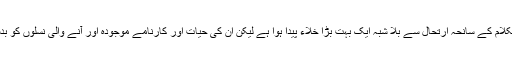
اسپیکر نے کہا کہ ڈاکٹر عبدالکلام کے سانحہ ارتحال سے بلا شبہ ایک بہت بڑا خلاء پیدا ہوا ہے لیکن اُن کی حیات اور کارنامے موجودہ اور آنے والی نسلوں کو بدستور ترغیب دیتے رہیں گے۔